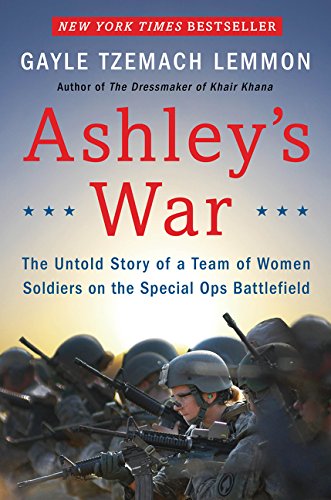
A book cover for Ashley's War: The Untold Story of a Team of Women Soldiers on the Special Ops Battlefield; Gayle Tzemach Lemmon; Biographies & Memoirs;